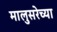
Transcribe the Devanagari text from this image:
मालुसरेच्या